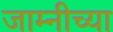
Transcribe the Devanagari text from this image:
जाम्नीच्या